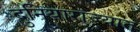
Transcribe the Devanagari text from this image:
दुनियाराज्यात